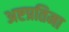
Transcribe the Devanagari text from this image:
अष्टप्रतिमा